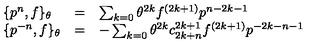
\begin{array} { l c l } { \{ p ^ { n } , f \} _ { \theta } } & { = } & { \sum _ { k = 0 } { \theta } ^ { 2 k } f ^ { ( 2 k + 1 ) } p ^ { n - 2 k - 1 } } \\ { \{ p ^ { - n } , f \} _ { \theta } } & { = } & { - \sum _ { k = 0 } { \theta } ^ { 2 k } c _ { 2 k + n } ^ { 2 k + 1 } f ^ { ( 2 k + 1 ) } p ^ { - 2 k - n - 1 } } \\ \end{array}